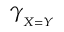
\gamma _ { _ { X = Y } }